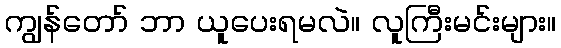
ကျွန်တော် ဘာ ယူပေးရမလဲ။ လူကြီးမင်းများ။